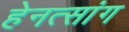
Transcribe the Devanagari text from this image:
हेनत्सांग